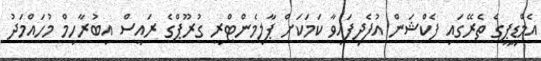
އެމްޑީޕީގެ ތެރޭގައި ފެކްޝަން އުފެދިފައިވާ ކަމަކަށް ޕާލިމެންޓްރީ ގުރޫޕްގެ ރައީސް އިބުރާހިމް މުހައްމަދު